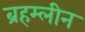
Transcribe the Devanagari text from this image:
ब्रहम्लीन